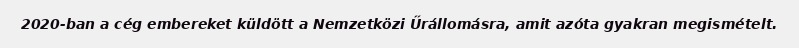
2020-ban a cég embereket küldött a Nemzetközi Űrállomásra, amit azóta gyakran megismételt.